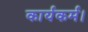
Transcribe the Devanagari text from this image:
कार्यकर्म।